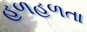
હળહળતા